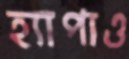
হ্যাপাও